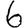
Digit: 6